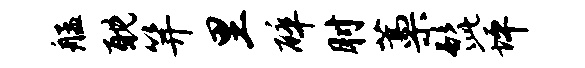
艋耽笄里碎肘藁髭坪